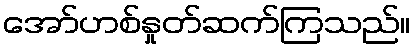
အော်ဟစ်နှုတ်ဆက်ကြသည်။